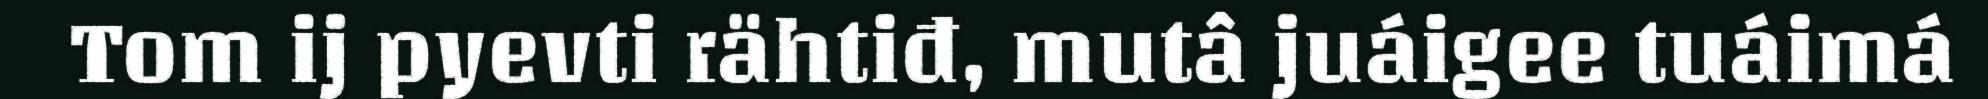
Tom ij pyevti rähtiđ, mutâ juáigee tuáimá